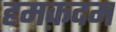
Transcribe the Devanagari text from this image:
हमक़दम